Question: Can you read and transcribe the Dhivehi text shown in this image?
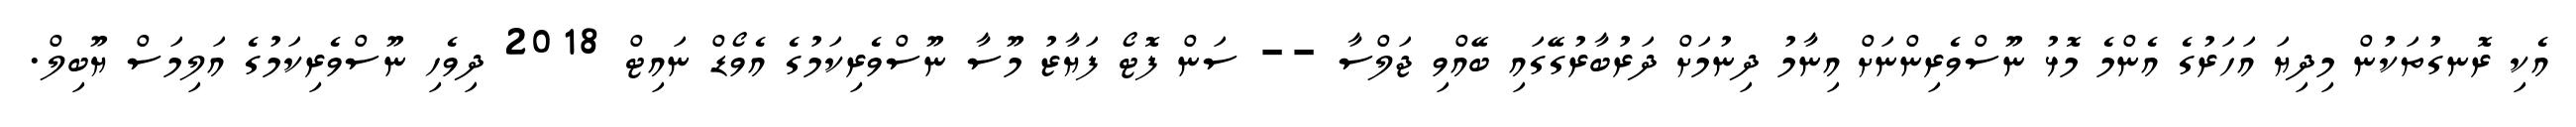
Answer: އެކި ރޮނގުތަކުން މިދިޔަ އަހަރުގެ އެންމެ މޮޅު ނޫސްވެރިންނަށް އިނާމު ދިނުމަށް ދަރުބާރުގޭގައި ބޭއްވި ޖަލްސާ -- ސަން ފޮޓޯ ފަޔާޒު މޫސާ ނޫސްވެރިކަމުގެ އެވޯޑް ނައިޓް 2018 ދިވެހި ނޫސްވެރިކަމުގެ އަލިމަސް ޔޫބިލް.